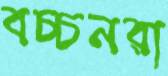
বচ্চনরা